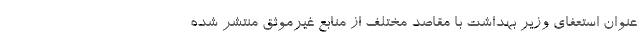
عنوان استعفای وزیر بهداشت با مقاصد مختلف از منابع غیرموثق منتشر شده